Insane asylums Bombay 1873-77 - 1873-1877
Year: 1873
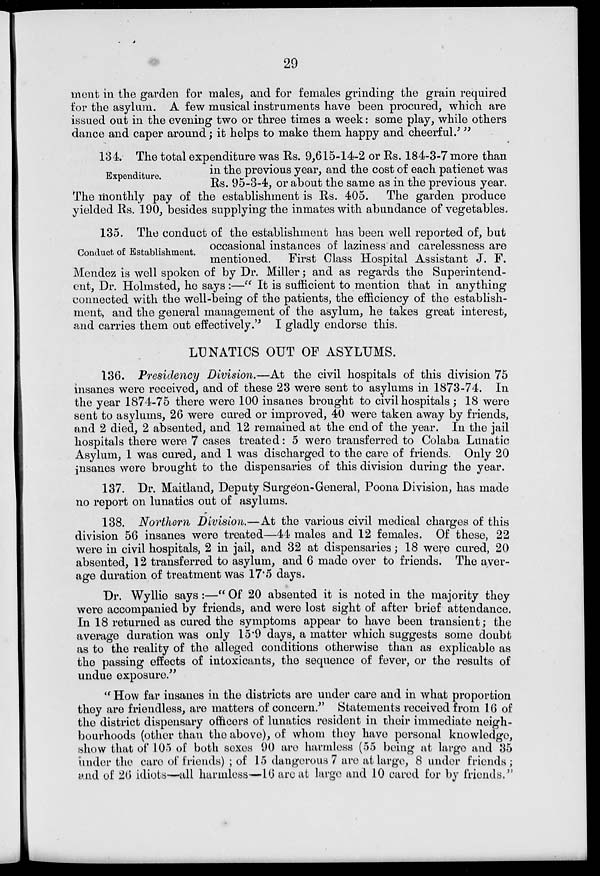
29
ment in the garden for males, and for females grinding the grain required
for the asylum. A few musical instruments have been procured, which are
issued out in the evening two or three times a week: some play, while others
dance and caper around; it helps to make them happy and cheerful.' "
Expenditure.
134. The total expenditure was Rs. 9,615-14-2 or Rs. 184-3-7 more than
in the previous year, and the cost of each patienet was
Rs. 95-3-4, or about the same as in the previous year.
The monthly pay of the establishment is Rs. 405. The garden produce
yielded Rs. 190, besides supplying the inmates with abundance of vegetables.
Conduct of Establishment.
135. The conduct of the establishment has been well reported of, but
occasional instances of laziness and carelessness are
mentioned. First Class Hospital Assistant J. F.
Mendez is well spoken of by Dr. Miller; and as regards the Superintend-
ent, Dr. Holmsted, he says :—" It is sufficient to mention that in anything
connected with the well-being of the patients, the efficiency of the establish-
ment, and the general management of the asylum, he takes great interest,
and carries them out effectively." I gladly endorse this.
LUNATICS OUT OF ASYLUMS.
136. Presidency Division.—At the civil hospitals of this division 75
insanes were received, and of these 23 were sent to asylums in 1873-74. In
the year 1874-75 there were 100 insanes brought to civil hospitals ; 18 were
sent to asylums, 26 were cured or improved, 40 were taken away by friends,
and 2 died, 2 absented, and 12 remained at the end of the year. In the jail
hospitals there were 7 cases treated: 5 were transferred to Colaba Lunatic
Asylum, 1 was cured, and 1 was discharged to the care of friends. Only 20
insanes were brought to the dispensaries of this division during the year.
137. Dr. Maitland, Deputy Surgeon-General, Poona Division, has made
no report on lunatics out of asylums.
138. Northern Division.—At the various civil medical charges of this
division 56 insanes were treated—44 males and 12 females. Of these, 22
were in civil hospitals, 2 in jail, and 32 at dispensaries; 18 were cured, 20
absented, 12 transferred to asylum, and 6 made over to friends. The aver-
age duration of treatment was 17.5 days.
Dr. Wyllie says :—" Of 20 absented it is noted in the majority they
were accompanied by friends, and were lost sight of after brief attendance.
In 18 returned as cured the symptoms appear to have been transient; the
average duration was only 15.9 days, a matter which suggests some doubt
as to the reality of the alleged conditions otherwise than as explicable as
the passing effects of intoxicants, the sequence of fever, or the results of
undue exposure."
" How far insanes in the districts are under care and in what proportion
they are friendless, are matters of concern." Statements received from 16 of
the district dispensary officers of lunatics resident in their immediate neigh-
bourhoods (other than the above), of whom they have personal knowledge,
show that of 105 of both sexes 90 are harmless (55 being at large and 35
under the care of friends) ; of 15 dangerous 7 are at large, 8 under friends ;
and of 26 idiots—all harmless—16 are at large and 10 cared for by friends."